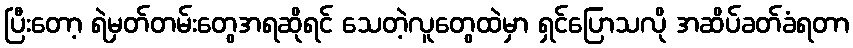
ပြီးတော့ ရဲမှတ်တမ်းတွေအရဆိုရင် သေတဲ့လူတွေထဲမှာ ရှင်ပြောသလို အဆိပ်ခတ်ခံရတာ